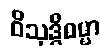
ဝိသုဒ္ဓိဓမ္မာ